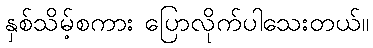
နှစ်သိမ့်စကား ပြောလိုက်ပါသေးတယ်။